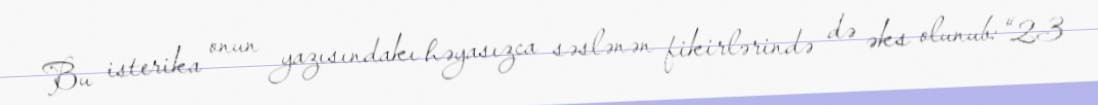
Bu isterika onun yazısındakı həyasızca səslənən fikirlərində də əks olunub: “23